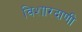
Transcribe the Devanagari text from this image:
विशारदाणी